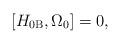
LaTeX: \begin{align*}\left[ H_{0\mathrm{B}},\Omega _{0}\right] =0, \end{align*}